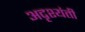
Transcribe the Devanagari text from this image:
अदृश्यंती